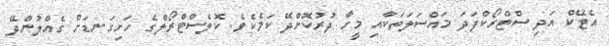
އެޓޭކް އަދި ސްޓްރޯކްފަދަ މައްސަލަތަކާއި މީހާ ދުރުކޮށްދޭ ކަމެކެވެ. ކޮލެސްޓްރޯލްގެ ހަށިގަނޑަށް ގެއްލުންދޭ